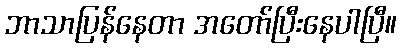
ဘာသာပြန်နေတာ အတော်ပြီးနေပါပြီ။